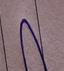
Signature authenticity: genuine